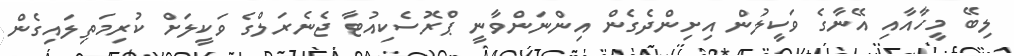
ލިބޭ މީހާއާއި އޭނާގެ ވަކީލުން އިށިންދެގެން އިންނަންވާނީ ޕްރޮސެކިއުޓާ ޖެނެރަލްގެ ވަކީލަށް ކުރިމަތިލައިގެން